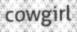
cowgirl